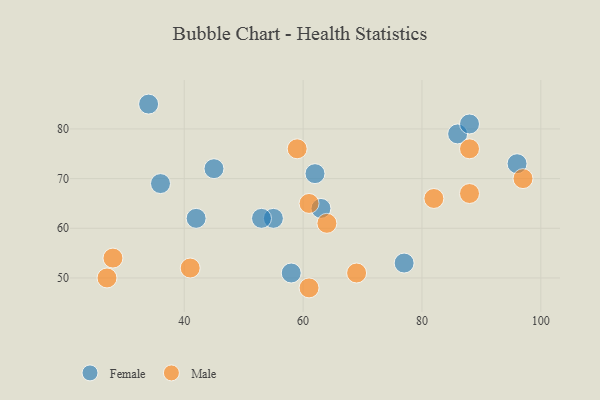
{"axis": {"x": "GDP", "y": "Life Expectancy"}, "legend": ["Female", "Male"], "data": [{"x": "55", "y": 62, "type": "Female"}, {"x": "77", "y": 53, "type": "Female"}, {"x": "96", "y": 73, "type": "Female"}, {"x": "86", "y": 79, "type": "Female"}, {"x": "45", "y": 72, "type": "Female"}, {"x": "36", "y": 69, "type": "Female"}, {"x": "88", "y": 81, "type": "Female"}, {"x": "42", "y": 62, "type": "Female"}, {"x": "62", "y": 71, "type": "Female"}, {"x": "63", "y": 64, "type": "Female"}, {"x": "34", "y": 85, "type": "Female"}, {"x": "58", "y": 51, "type": "Female"}, {"x": "53", "y": 62, "type": "Female"}, {"x": "61", "y": 65, "type": "Male"}, {"x": "64", "y": 61, "type": "Male"}, {"x": "61", "y": 48, "type": "Male"}, {"x": "97", "y": 70, "type": "Male"}, {"x": "88", "y": 67, "type": "Male"}, {"x": "82", "y": 66, "type": "Male"}, {"x": "59", "y": 76, "type": "Male"}, {"x": "69", "y": 51, "type": "Male"}, {"x": "28", "y": 54, "type": "Male"}, {"x": "41", "y": 52, "type": "Male"}, {"x": "27", "y": 50, "type": "Male"}, {"x": "88", "y": 76, "type": "Male"}]}